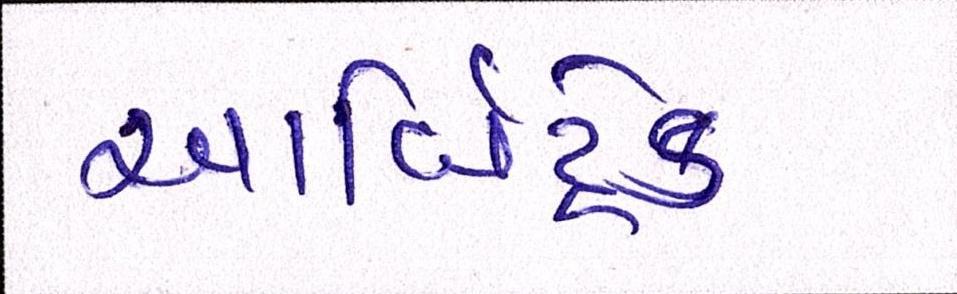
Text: આર્બિટ્રેડ